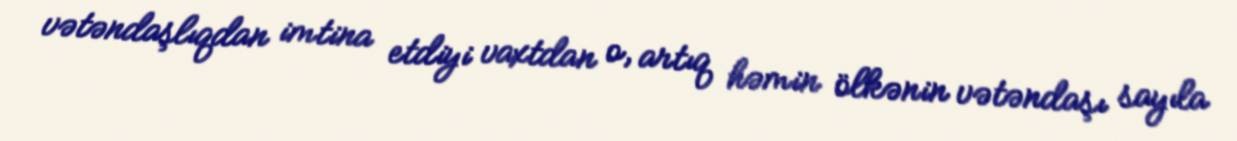
vətəndaşlıqdan imtina etdiyi vaxtdan o, artıq həmin ölkənin vətəndaşı sayıla